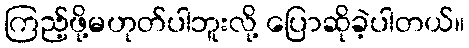
ကြည့်ဖို့မဟုတ်ပါဘူးလို့ ပြောဆိုခဲ့ပါတယ်။